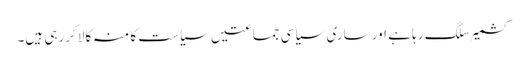
کشمیر سلگ رہا ہے اور ساری سیاسی جماعتیں سیاست کا منہ کالا کررہی ہیں۔